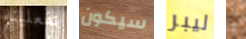
تفعلينه سيكون ليبر يا